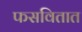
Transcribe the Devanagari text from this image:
फसवितात